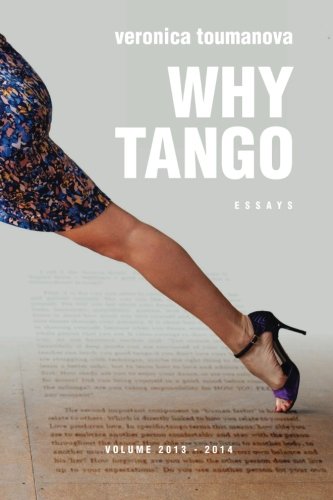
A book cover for Why Tango: Essays on learning, dancing and living tango argentino (Volume 1); Veronica Toumanova; Humor & Entertainment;